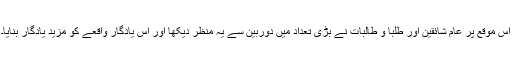
اس موقع پر عام شائقین اور طلبا و طالبات نے بڑی تعداد میں دوربین سے یہ منظر دیکھا اور اس یادگار واقعے کو مزید یادگار بنایا۔